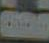
سعة